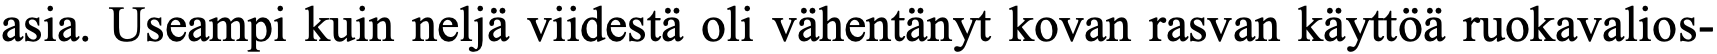
asia. Useampi kuin neljä viidestä oli vähentänyt kovan rasvan käyttöä ruokavalios-